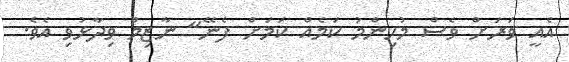
އެއީ ވަރަށް ވެސް މުހިންމު ކަމެއް ކަމަށް ފެނޭ" ނާޒިމް ވިދާޅުވި އެވެ.